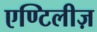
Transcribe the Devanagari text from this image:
एण्टिलीज़